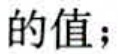
的值；